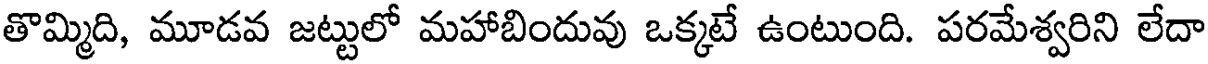
తొమ్మిది, మూడవ జట్టులో మహాబిందువు ఒక్కటే ఉంటుంది. పరమేశ్వరిని లేదా